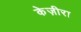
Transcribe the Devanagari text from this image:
केज़ीरा